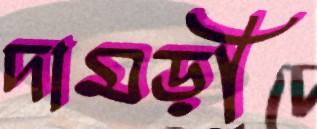
দামড়ী